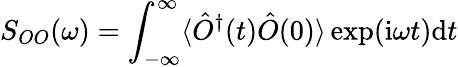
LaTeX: S_{OO}(\omega)=\int_{-\infty}^{\infty}\langle\hat{O}^{\dagger}(t)\hat{O}(0)\rangle\exp(\mathrm{i}\omega t)\mathrm{d}t